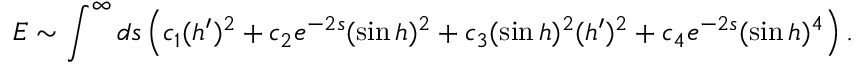
E \sim \int ^ { \infty } d s \left( c _ { 1 } ( h ^ { \prime } ) ^ { 2 } + c _ { 2 } e ^ { - 2 s } ( \sin h ) ^ { 2 } + c _ { 3 } ( \sin h ) ^ { 2 } ( h ^ { \prime } ) ^ { 2 } + c _ { 4 } e ^ { - 2 s } ( \sin h ) ^ { 4 } \right) .